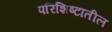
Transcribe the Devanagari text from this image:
परिशिष्टातील